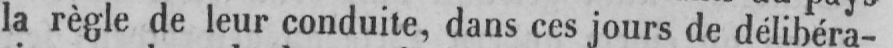
la règle de leur conduite, dans ces jours de délibéra-